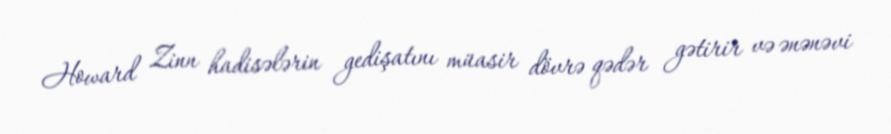
Howard Zinn hadisələrin gedişatını müasir dövrə qədər gətirir və ənənəvi